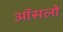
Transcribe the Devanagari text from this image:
ऑसलो